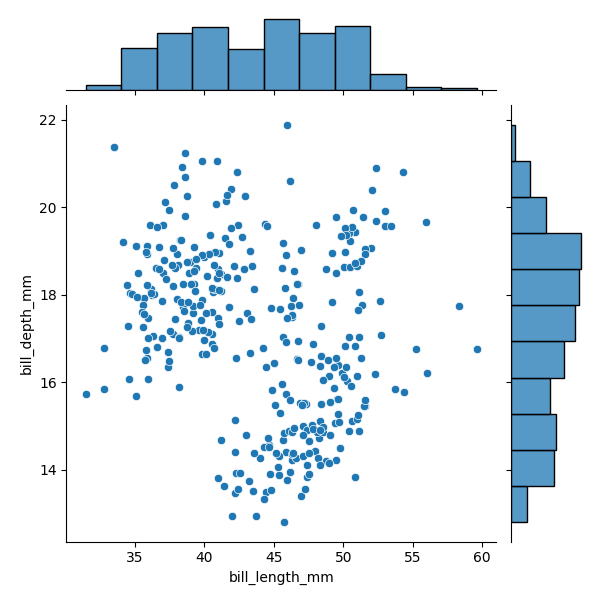
python, seaborn, JointGrid, scatterplot, histplot